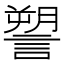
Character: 𧫋